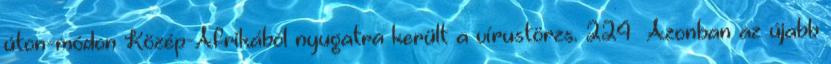
úton-módon Közép-Afrikából nyugatra került a vírustörzs. 224 Azonban az újabb